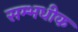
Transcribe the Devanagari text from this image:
सम्भधीक